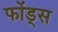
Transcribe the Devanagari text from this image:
फोंड्स